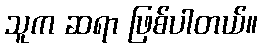
သူက ဆရာ ဖြစ်ပါတယ်။